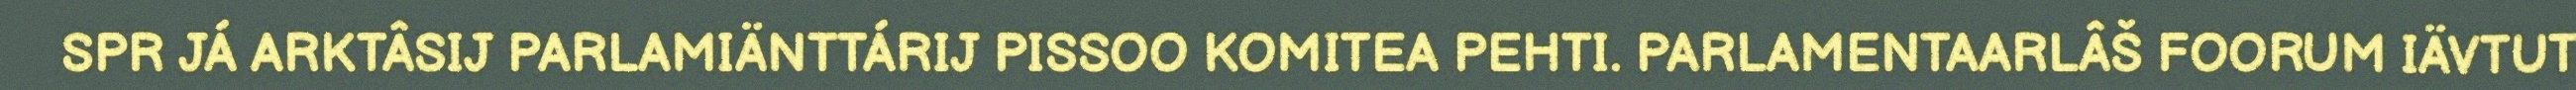
SPR JÁ ARKTÂSIJ PARLAMIÄNTTÁRIJ PISSOO KOMITEA PEHTI. PARLAMENTAARLÂŠ FOORUM IÄVTUT